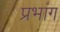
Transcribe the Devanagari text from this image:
प्रभांग